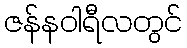
ဇန်နဝါရီလတွင်